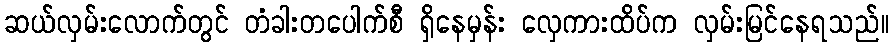
ဆယ်လှမ်းလောက်တွင် တံခါးတပေါက်စီ ရှိနေမှန်း လှေကားထိပ်က လှမ်းမြင်နေရသည်။